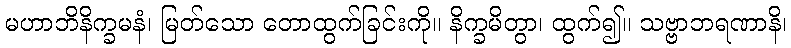
မဟာဘိနိက္ခမနံ၊ မြတ်သော တောထွက်ခြင်းကို။ နိက္ခမိတွာ၊ ထွက်၍။ သဗ္ဗာဘရဏာနိ၊